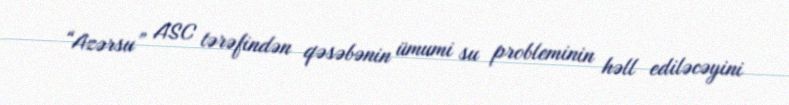
“Azərsu” ASC tərəfindən qəsəbənin ümumi su probleminin həll ediləcəyini